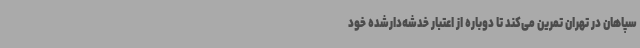
سپاهان در تهران تمرین می‌کند تا دوباره از اعتبار خدشه‌دارشده‌ خود